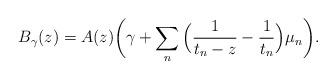
LaTeX: \begin{align*}B_\gamma(z) = A(z) \bigg(\gamma + \sum_n \Big(\frac{1}{t_n-z} -\frac{1}{t_n}\Big) \mu_n \bigg).\end{align*}